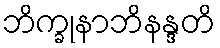
ဘိက္ခုနာဘိနန္ဒတိ